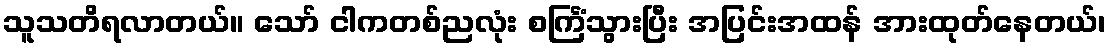
သူသတိရလာတယ်။ သော် ငါကတစ်ညလုံး စင်္ကြံသွားပြီး အပြင်းအထန် အားထုတ်နေတယ်၊